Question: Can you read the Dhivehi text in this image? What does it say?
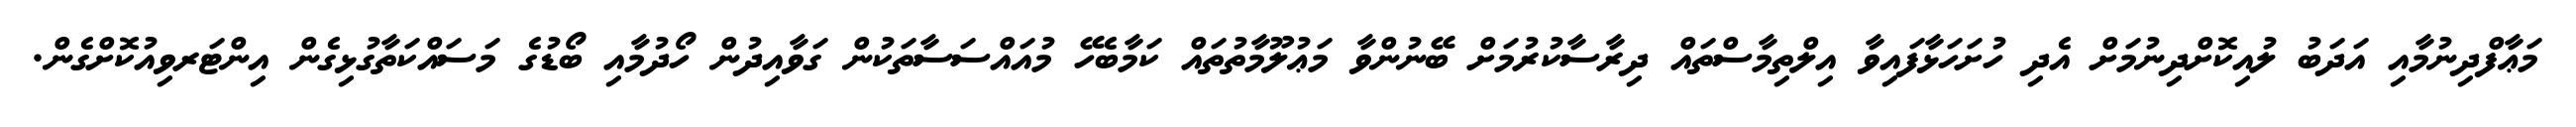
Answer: މަޢާފްދިނުމާއި އަދަބު ލުއިކޮށްދިނުމަށް އެދި ހުށަހަޅާފައިވާ އިލްތިމާސްތައް ދިރާސާކުރުމަށް ބޭނުންވާ މަޢުލޫމާތުތައް ކަމާބެހޭ މުއައްސަސާތަކުން ގަވާއިދުން ހޯދުމާއި ބޯޑުގެ މަސައްކަތާގުޅިގެން އިންޓަރވިއުކޮށްގެން.